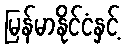
မြန်မာနိုင်ငံနှင့်